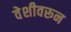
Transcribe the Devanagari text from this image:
वेशीवरून